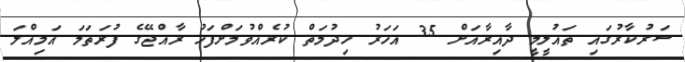
ސަރުކާރުގައި ތައުލީމީ ދާއިރާއަށް 35 އަހަރު ހިދުމަތް ކުރެއްވުމަށްފަހު ރާއްޖޭގެ ފުރަަތަމަ އަމިއްލަ